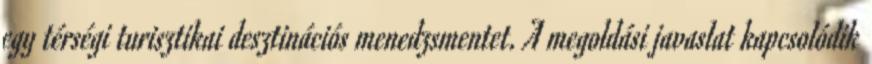
egy térségi turisztikai desztinációs menedzsmentet. A megoldási javaslat kapcsolódik